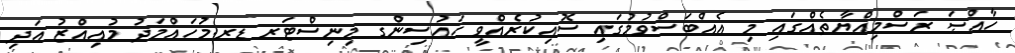
ހާއްޞަ ރަސްމިއްޔާތެއްގައި މި އެއްބަސްވުމުގައި ސޮއިކުރެއްވީ ހައުސިންގ މިނިސްޓަރ ޑރ.މުހައްމަދު މުއިއްޒު އަދި